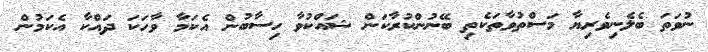
ނުވަތަ ބެލެނިވެރިޔާ މަސްތުވާތަކެތި ބޭނުންކުރާކަން ޝައްކުވާ ހިސާބުން އެކަމާ ވާހަކަ ދައްކާ އެކަމުން